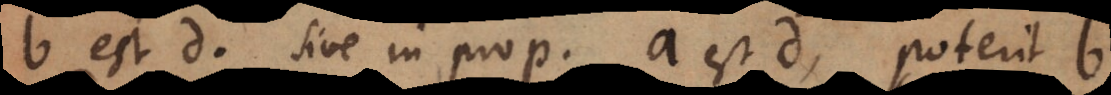
b est d. Sive in prop. a est d, poterit b